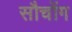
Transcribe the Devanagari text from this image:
सौचोंग